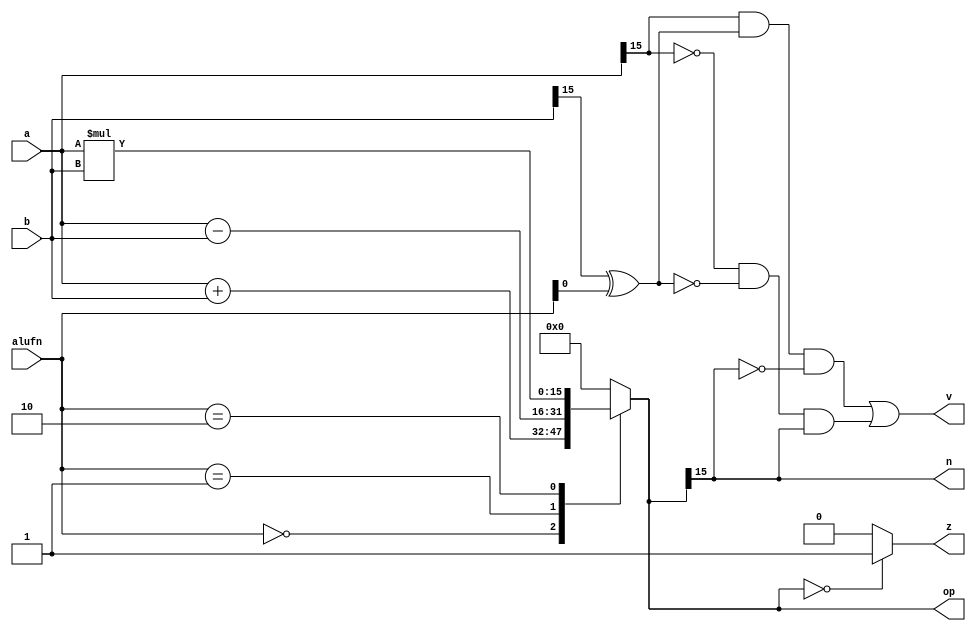
/*
   This file was generated automatically by Alchitry Labs version 1.2.1.
   Do not edit this file directly. Instead edit the original Lucid source.
   This is a temporary file and any changes made to it will be destroyed.
*/

module arithmetic_3 (
    input [15:0] a,
    input [15:0] b,
    input [5:0] alufn,
    output reg z,
    output reg v,
    output reg n,
    output reg [15:0] op
  );
  
  
  
  reg [15:0] arith;
  
  always @* begin
    
    case (alufn)
      6'h00: begin
        arith = $signed(a) + $signed(b);
      end
      6'h01: begin
        arith = $signed(a) - $signed(b);
      end
      6'h02: begin
        arith = $signed(a) * $signed(b);
      end
      default: begin
        arith = 1'h0;
      end
    endcase
    op = arith;
    if (arith == 16'h0000) begin
      z = 1'h1;
    end else begin
      z = 1'h0;
    end
    v = (a[15+0-:1] & (b[15+0-:1] ^ alufn[0+0-:1]) & ~arith[15+0-:1]) | (~a[15+0-:1] & ~(b[15+0-:1] ^ alufn[0+0-:1]) & arith[15+0-:1]);
    n = arith[15+0-:1];
  end
endmodule